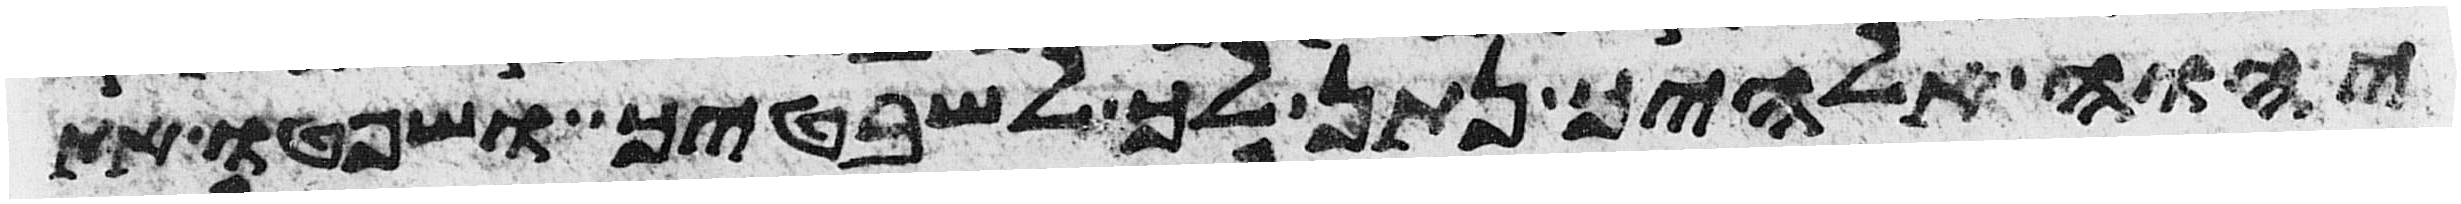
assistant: יהוה אלהיך נתן לך לשבטיך ושפטו את